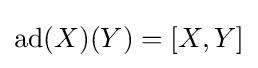
\operatorname {ad} (X)(Y)=[X,Y]